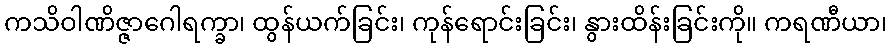
ကသိဝါဏိဇ္ဇာဂေါရက္ခာ၊ ထွန်ယက်ခြင်း၊ ကုန်ရောင်းခြင်း၊ နွားထိန်းခြင်းကို။ ကရဏီယာ၊